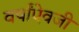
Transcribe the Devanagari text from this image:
वर्षांऐवजी